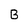
Character: B